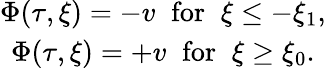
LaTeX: \begin{array}{c}{{\Phi(\tau,\xi)=-v\; \; \mathrm{for}\; \; \xi\leq-\xi_{1},}}\\ {{\Phi(\tau,\xi)=+v\; \; \mathrm{for}\; \; \xi\geq\xi_{0}.}}\end{array}